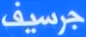
جرسيف